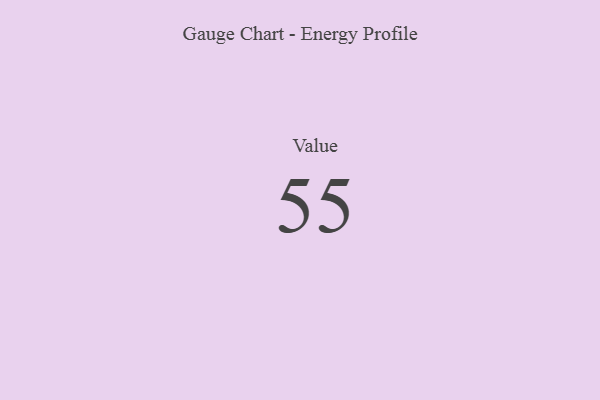
{"axis": {"x": "Metric", "y": "Value"}, "legend": [""], "data": [{"x": "Value", "y": 55, "type": ""}]}